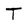
Character: T